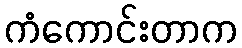
ကံကောင်းတာက